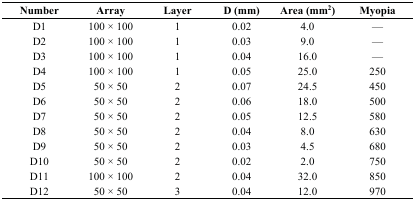
<table><thead><tr><td><b>Number</b></td><td><b>Array</b></td><td><b>Layer</b></td><td><b>D (mm)</b></td><td><b>Area (mm<sup>2</sup>)</b></td><td><b>Myopia</b></td></tr></thead><tbody><tr><td>D1</td><td>100 × 100</td><td>1</td><td>0.02</td><td>4.0</td><td>—</td></tr><tr><td>D2</td><td>100 × 100</td><td>1</td><td>0.03</td><td>9.0</td><td>—</td></tr><tr><td>D3</td><td>100 × 100</td><td>1</td><td>0.04</td><td>16.0</td><td>—</td></tr><tr><td>D4</td><td>100 × 100</td><td>1</td><td>0.05</td><td>25.0</td><td>250</td></tr><tr><td>D5</td><td>50 × 50</td><td>2</td><td>0.07</td><td>24.5</td><td>450</td></tr><tr><td>D6</td><td>50 × 50</td><td>2</td><td>0.06</td><td>18.0</td><td>500</td></tr><tr><td>D7</td><td>50 × 50</td><td>2</td><td>0.05</td><td>12.5</td><td>580</td></tr><tr><td>D8</td><td>50 × 50</td><td>2</td><td>0.04</td><td>8.0</td><td>630</td></tr><tr><td>D9</td><td>50 × 50</td><td>2</td><td>0.03</td><td>4.5</td><td>680</td></tr><tr><td>D10</td><td>50 × 50</td><td>2</td><td>0.02</td><td>2.0</td><td>750</td></tr><tr><td>D11</td><td>100 × 100</td><td>2</td><td>0.04</td><td>32.0</td><td>850</td></tr><tr><td>D12</td><td>50 × 50</td><td>3</td><td>0.04</td><td>12.0</td><td>970</td></tr></tbody></table>